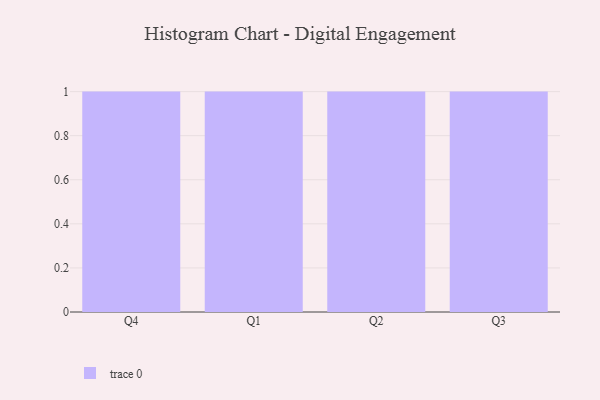
{"axis": {"x": "Quarter", "y": "Customer Acquisition Cost (USD)"}, "legend": [""], "data": [{"x": "Q4", "y": 83, "type": ""}, {"x": "Q1", "y": 96, "type": ""}, {"x": "Q2", "y": 31, "type": ""}, {"x": "Q3", "y": 14, "type": ""}]}